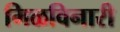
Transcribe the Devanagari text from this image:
मिळविनारी